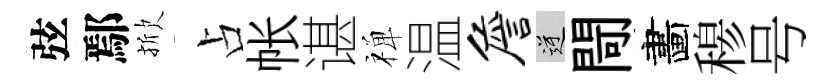
弦鄢掀占帐谌禅温詹逆閜畵𥠇号